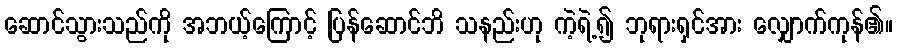
ဆောင်သွားသည်ကို အဘယ့်ကြောင့် ပြန်ဆောင်ဘိ သနည်းဟု ကဲ့ရဲ့၍ ဘုရားရှင်အား လျှောက်ကုန်၏။